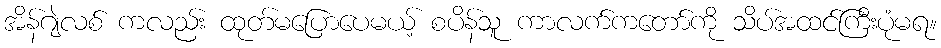
အိန်ဂျဲလစ် ကလည်း ထုတ်မပြောပေမယ့် စပိန်သူ ကာလက်ကတော်ကို သိပ်အထင်ကြီးပုံမရ။